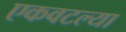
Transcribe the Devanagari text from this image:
एकवटल्या